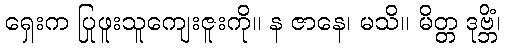
ရှေးက ပြုဖူးသူကျေးဇူးကို။ န ဇာနေ၊ မသိ။ မိတ္တ ဒုဗ္ဘိံ၊